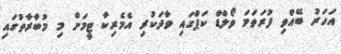
އަހަރު ބޭއްވި ފުރަތަމަ ވޯލްޑް ކަޕްގައި ވާދަކުރި އެމެރިކާ ޓީމަށް މި މުބާރާތުގައި